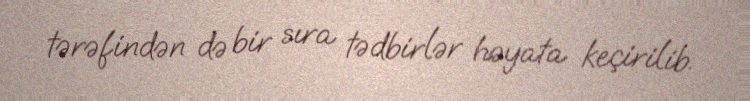
tərəfindən də bir sıra tədbirlər həyata keçirilib.